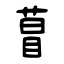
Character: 萺